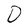
Character: D